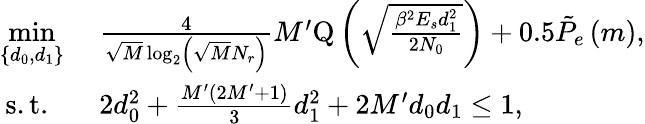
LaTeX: \begin{array}{rl}{\underset{\left\{ d_{0},d_{1}\right\} }{\operatorname*{min}}}&{\ \frac{4}{\sqrt{M}\log_{2}\left(\sqrt{M}N_{r}\right)}M^{\prime}\mathrm{Q}\left(\sqrt{\frac{\beta^{2}E_{s}d_{1}^{2}}{2N_{0}}}\right)+0.5\tilde{P}_{e}\left(m\right),}\\ {\mathrm{s.t.}\; \; }&{\ 2d_{0}^{2}+\frac{M^{\prime}\left(2M^{\prime}+1\right)}{3}d_{1}^{2}+2M^{\prime}d_{0}d_{1}\leq 1,}\end{array}